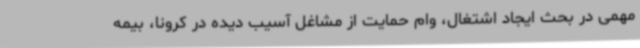
مهمی در بحث ایجاد اشتغال، وام حمایت از مشاغل آسیب دیده در کرونا، بیمه